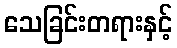
သေခြင်းတရားနှင့်